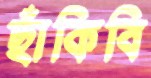
ছাঁকিবি